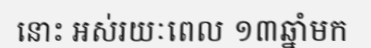
នោះ អស់រយៈពេល ១៣ឆ្នាំមក